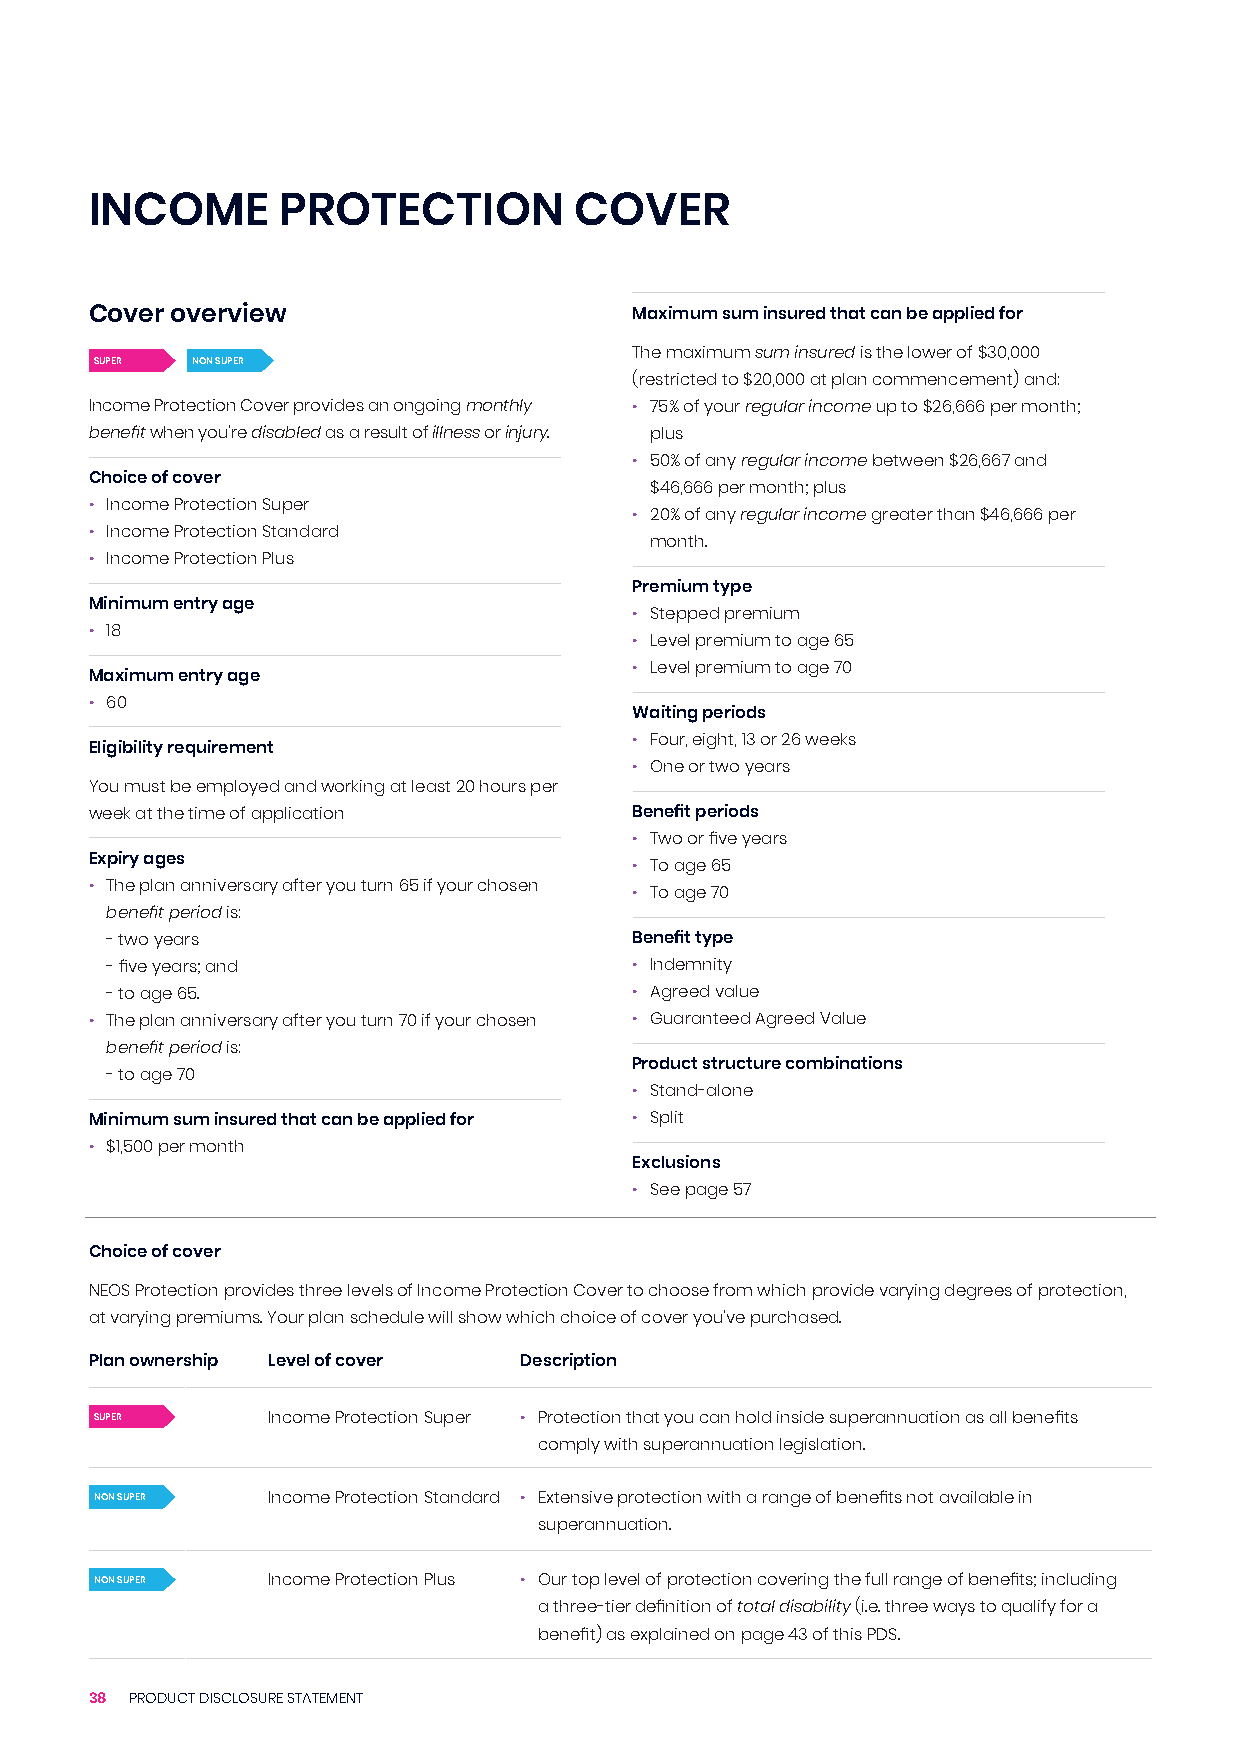
INCOME       PROTECTION         COVER
 Cover overview                      Maximum sum insured that can be applied for
 The maximum sum insured is the lower of $30,000
 SUPER  NON SUPER
 (restricted to $20,000 at plan commencement) and:
 Income Protection Cover provides an ongoing monthly • 75% of your regular income up to $26,666 per month;
 benefit when you’re disabled as a result of illness or injury. plus
 • 50% of any regular income between $26,667 and
 Choice of cover
 $46,666 per month; plus
 • Income Protection Super
 • 20% of any regular income greater than $46,666 per
 • Income Protection Standard
 month.
 • Income Protection Plus
 Premium type
 Minimum entry age
 • Stepped premium
 • 18
 • Level premium to age 65
 • Level premium to age 70
 Maximum entry age
 • 60
 Waiting periods
 • Four, eight, 13 or 26 weeks
 Eligibility requirement
 • One or two years
 You must be employed and working at least 20 hours per
 week at the time of application     Benefit periods
 • Two or five years
 Expiry ages
 • To age 65
 • The plan anniversary after you turn 65 if your chosen
 • To age 70
 benefit period is:
 - two years                        Benefit type
 - five years; and                  • Indemnity
 - to age 65.                       • Agreed value
 • The plan anniversary after you turn 70 if your chosen • Guaranteed Agreed Value
 benefit period is:
 Product structure combinations
 - to age 70
 • Stand-alone
 Minimum sum insured that can be applied for • Split
 • $1,500 per month
 Exclusions
 • See page 57
 Choice of cover
 NEOS Protection provides three levels of Income Protection Cover to choose from which provide varying degrees of protection,
 at varying premiums. Your plan schedule will show which choice of cover you’ve purchased.
 Plan ownership Level of cover Description
 SUPER       Income Protection Super • Protection that you can hold inside superannuation as all benefits
 comply with superannuation legislation.
 NON SUPER   Income Protection Standard • Extensive protection with a range of benefits not available in
 superannuation.
 NON SUPER   Income Protection Plus • Our top level of protection covering the full range of benefits; including
 a three-tier definition of total disability (i.e. three ways to qualify for a
 benefit) as explained on page 43 of this PDS.
 38 PRODUCT DISCLOSURE STATEMENT